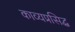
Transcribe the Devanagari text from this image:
काव्यप्रसिद्ध